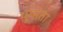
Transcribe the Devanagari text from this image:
युग्मता